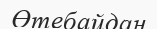
Өтебайдан